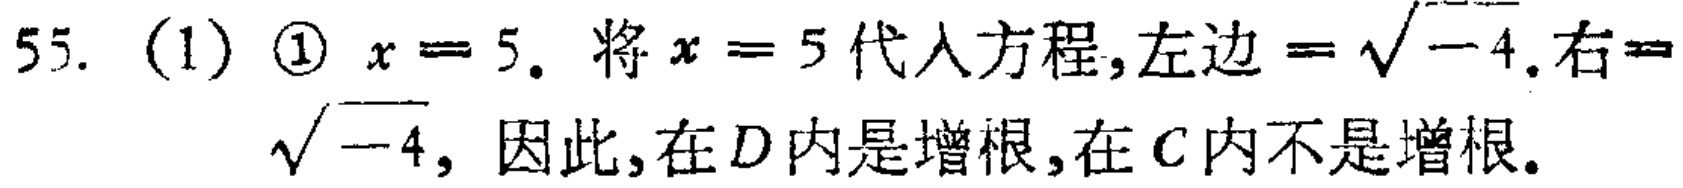
55. (1) \textcircled{1} \(x = 5\). 将 \(x = 5\) 代入方程,左边 \(=\sqrt{-4}\).右 \(=\sqrt{-4}\), 因此,在 \(D\) 内是增根,在 \(C\) 内不是增根.